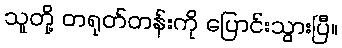
သူတို့ တရုတ်တန်းကို ပြောင်းသွားပြီ။